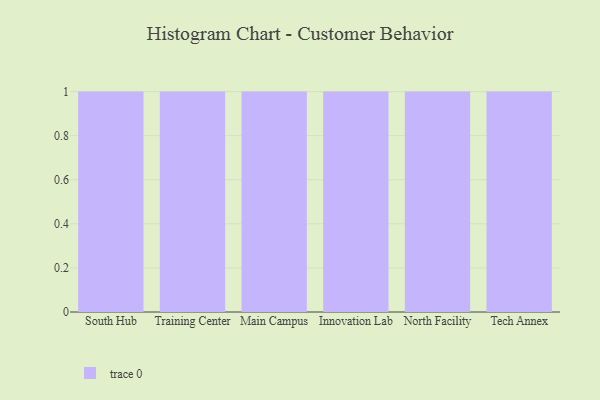
{"axis": {"x": "Campus", "y": "Active Users"}, "legend": [""], "data": [{"x": "South Hub", "y": 71, "type": ""}, {"x": "Training Center", "y": 66, "type": ""}, {"x": "Main Campus", "y": 31, "type": ""}, {"x": "Innovation Lab", "y": 82, "type": ""}, {"x": "North Facility", "y": 22, "type": ""}, {"x": "Tech Annex", "y": 91, "type": ""}]}